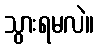
သွားရမလဲ။